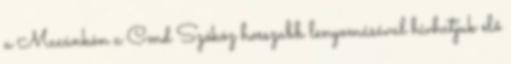
a Macünkön a Cmd Szóköz hosszabb lenyomásával hívhatjuk elő